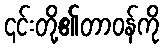
၎င်းတို့၏တာဝန်ကို